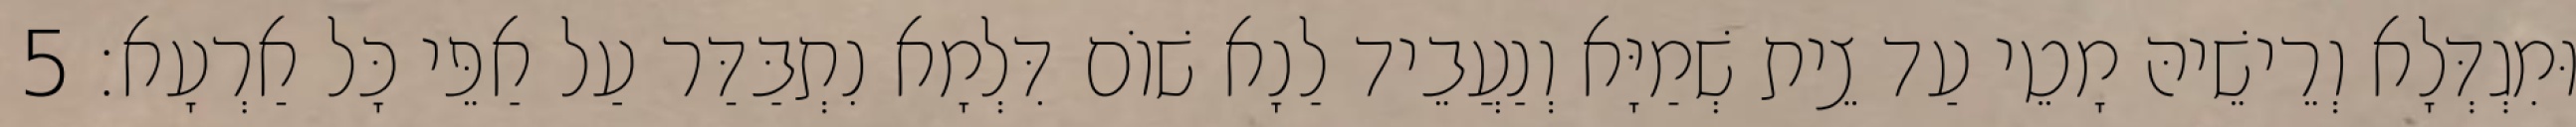
וּמִגְדְּלָא וְרֵישֵׁיהּ מָטֵי עַד צֵית שְׁמַיָּא וְנַעֲבֵיד לַנָא שׁוֹם דִּלְמָא נִתְבַּדַּר עַל אַפֵּי כָּל אַרְעָא׃ 5